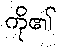
ကို၏